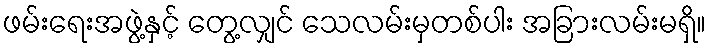
ဖမ်းရေးအဖွဲ့နှင့် တွေ့လျှင် သေလမ်းမှတစ်ပါး အခြားလမ်းမရှိ။